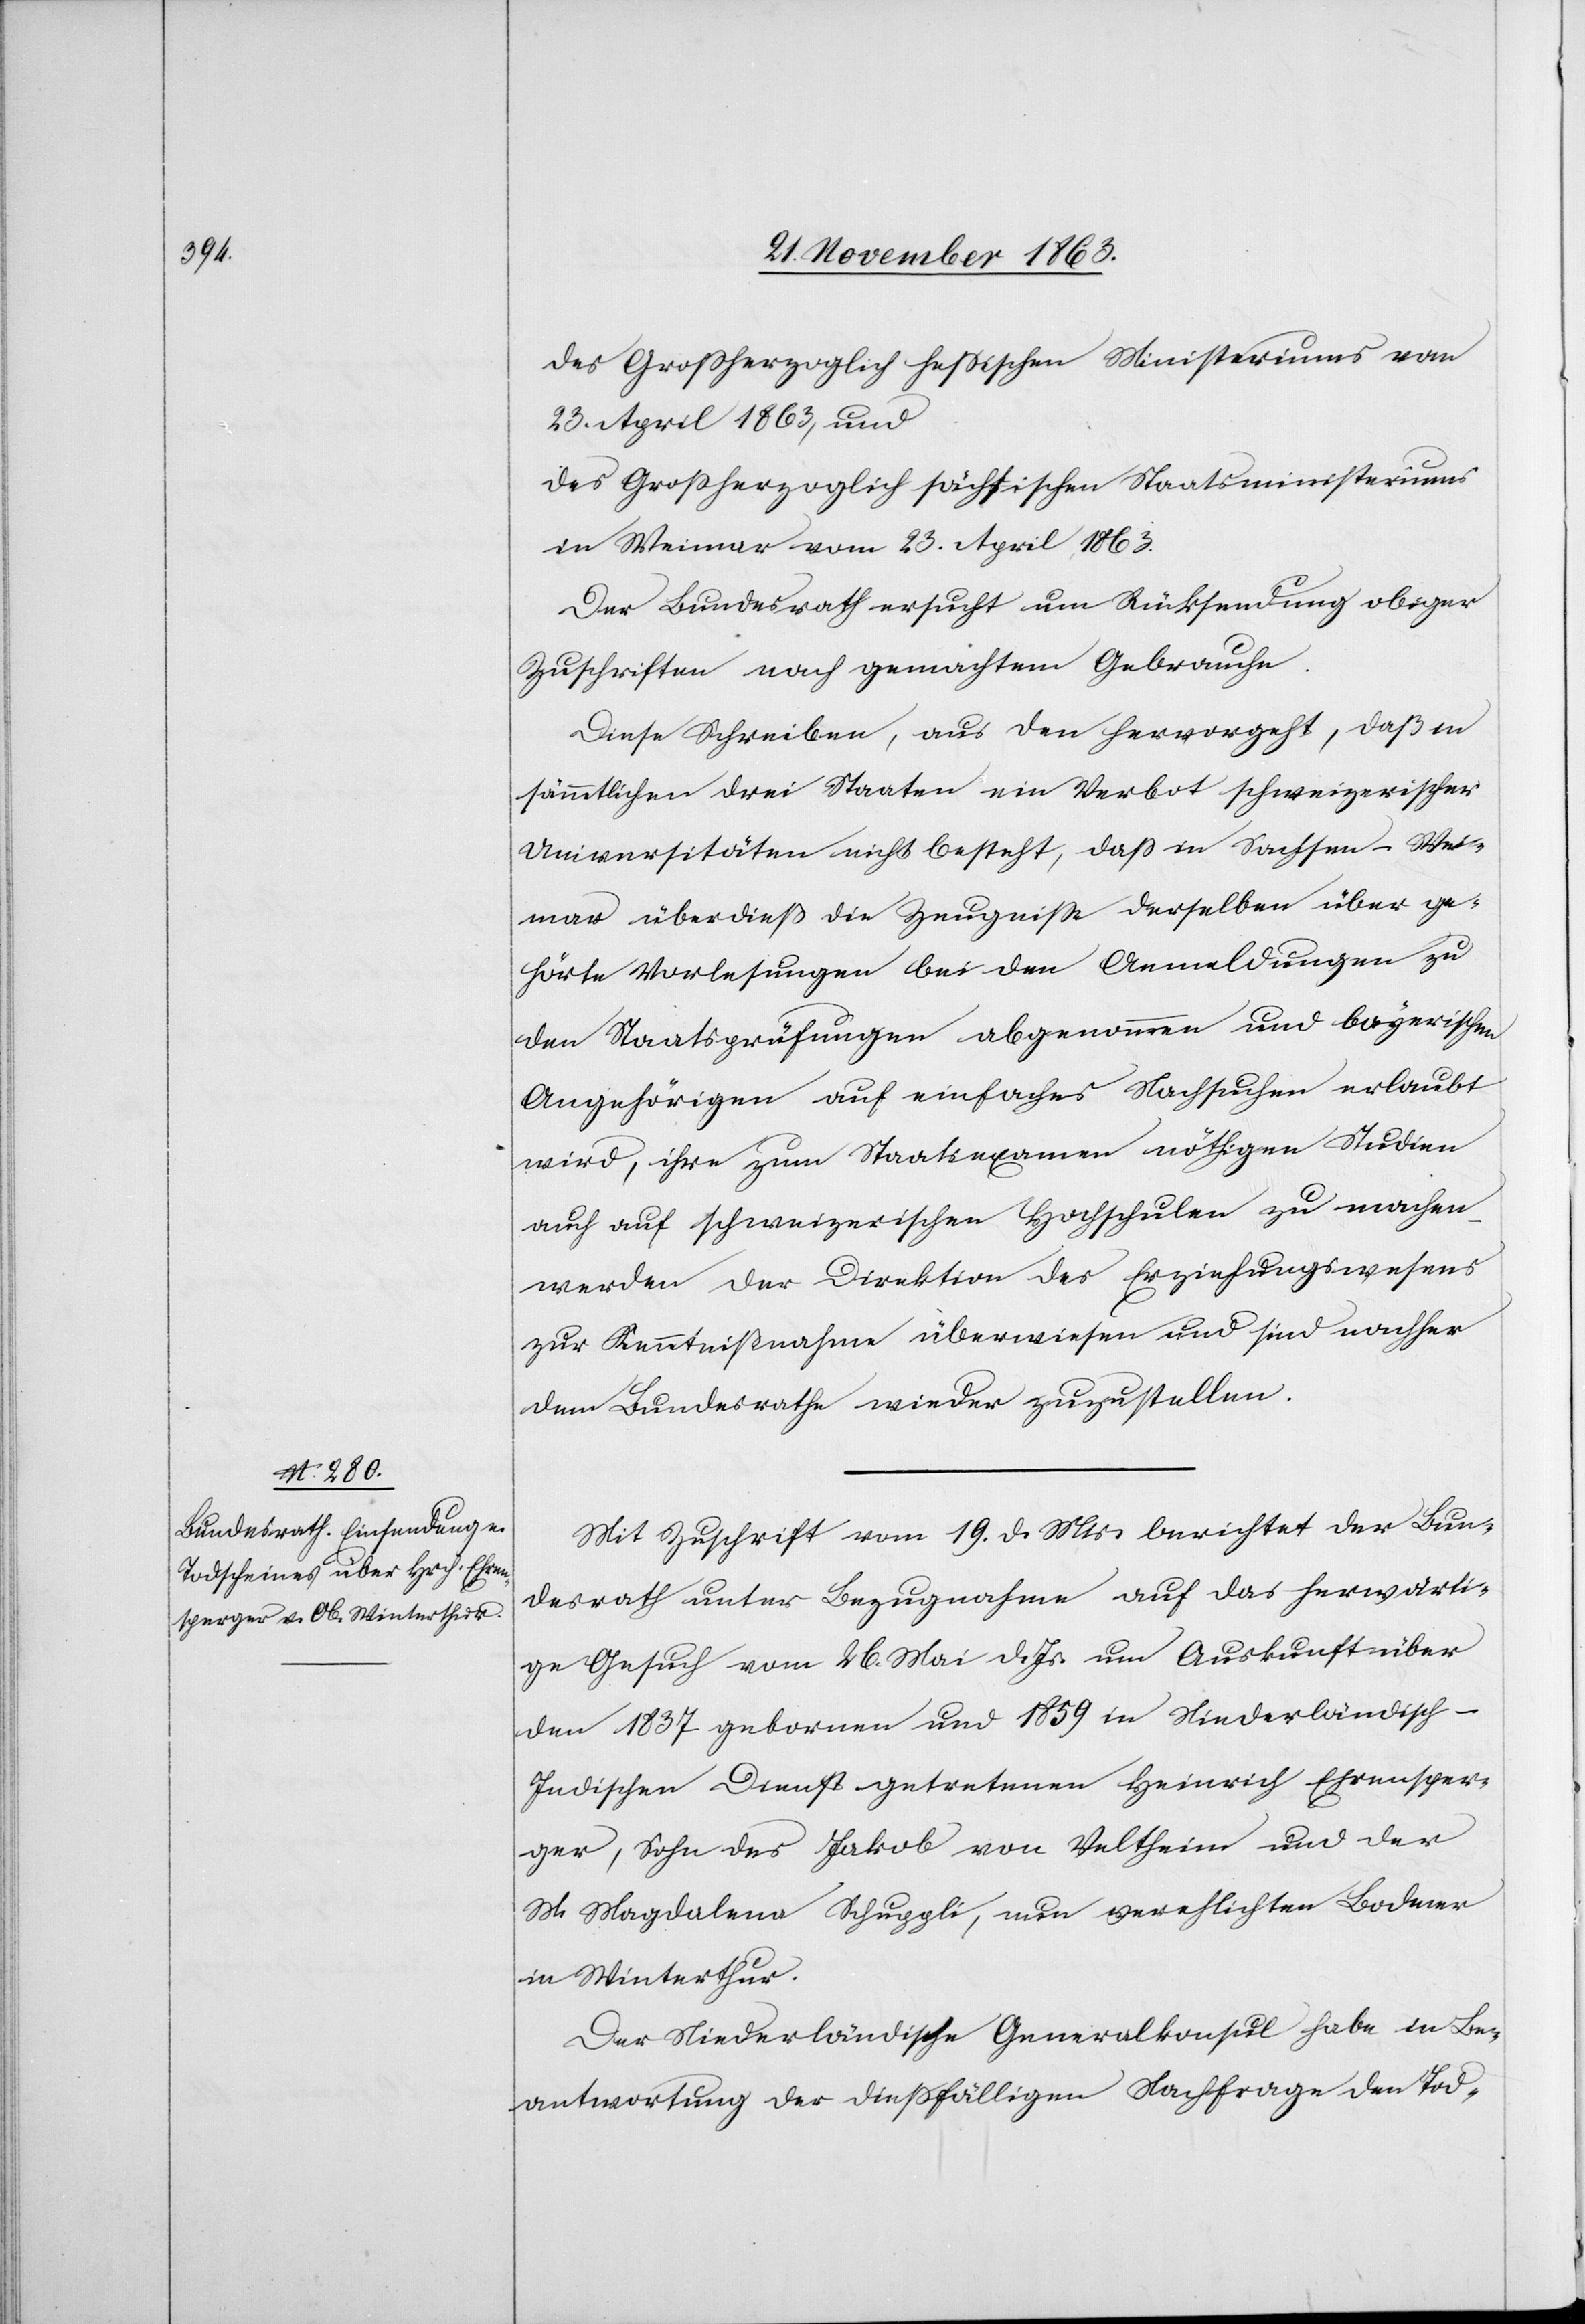
des Großherzoglich hessischen Ministeriums vom
23. April 1863, und
des Grossherzoglich sächsischen Staatsministeriums
in Weimar vom 23. April 1863.
Der Bundesrath ersucht um Rücksendung obiger
Zuschriften nach gemachtem Gebrauche.
Diese Schreiben, aus den hervorgeht, daß in
sämmtlichen drei Staaten ein Verbot schweizerischer
Universitäten nicht besteht, dass in Sachsen-Wei¬
mar überdieß die Zeugnisse derselben über ge¬
hörte Vorlesungen bei den Anmeldungen zu
den Staatsprüfungen abgenommen und bayerischen
Angehörigen auf einfaches Nachsuchen erlaubt
wird, ihre zum Staatsexamen nöthigen Studien
auch auf schweizerischen Hochschulen zu machen
werden der Direktion des Erziehungswesens
zur Kenntnißnahme überwiesen und sind nachher
dem Bundesrathe wieder zuzustellen.
Mit Zuschrift vom 19. d. Mts. berichtet der Bun¬
desrath unter Bezugnahme auf das herwärti¬
ge Gesuch vom 26. Mai d. Js. um Auskunft über
den 1837 gebornen und 1859 in Niederländisch-I¬
ndischen Dienst getretenen Heinrich Ehrensper¬
ger, Sohn des Jakob von Veltheim und der
M. Magdalena Schuppli, nun verehlichten Bodmer
in Winterthur.
Der Niederländische Generalkonsul habe in Be¬
antwortung der diessfälligen Nachfrage den Tod-